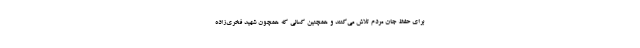
برای حفظ جان مردم تلاش می‌کنند و همچنین کسانی که همچون شهید فخری‌زاده